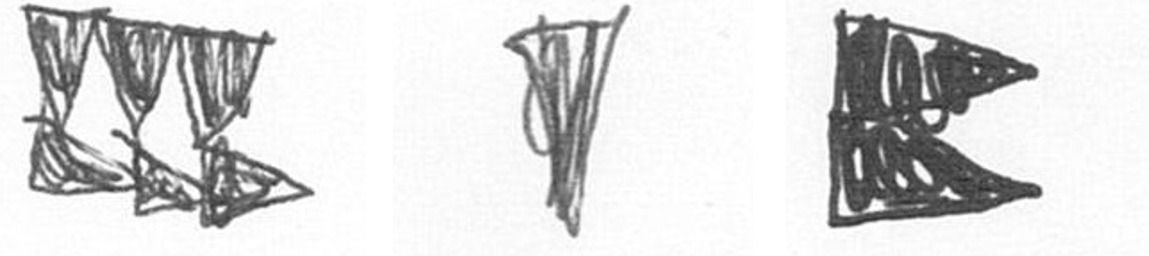
D J P